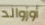
أوزوالد